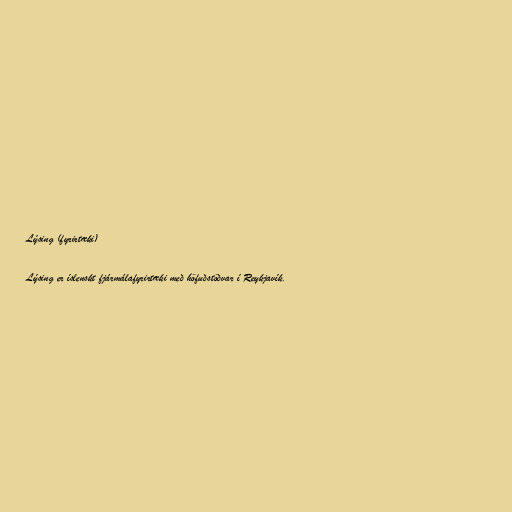
Lýsing (fyrirtæki)

Lýsing er íslenskt fjármálafyrirtæki með höfuðstöðvar í Reykjavík.